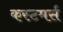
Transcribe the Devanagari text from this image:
कस्टमर्स